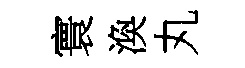
寰渙丸